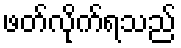
ဖတ်လိုက်ရသည်